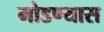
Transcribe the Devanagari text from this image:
मोडण्यास